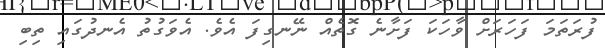
ފުރަތަމަ ފަހަރަށް ވާހަކަ ފަށާނެ ގޮތެއް ނޭނގިފަ އެވެ. އެވަގުތު އެނދުގައި ތިބި